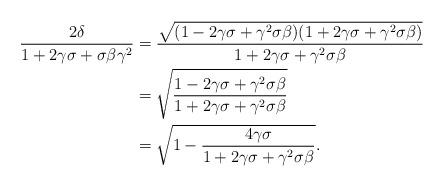
LaTeX: \begin{align*}\frac{2\delta}{1+2\gamma\sigma+\sigma\beta\gamma^2}&=\frac{\sqrt{(1-2\gamma\sigma+\gamma^2\sigma\beta)(1+2\gamma\sigma+\gamma^2\sigma\beta)}}{1+2\gamma\sigma+\gamma^2\sigma\beta}\\&=\sqrt{\frac{1-2\gamma\sigma+\gamma^2\sigma\beta}{1+2\gamma\sigma+\gamma^2\sigma\beta}}\\&=\sqrt{1-\frac{4\gamma\sigma}{1+2\gamma\sigma+\gamma^2\sigma\beta}}.\end{align*}